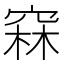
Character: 𥦝